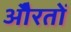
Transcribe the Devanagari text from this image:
औेरतों